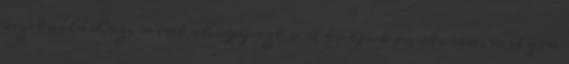
vezet váláshoz, mint ahogy azt sem tudjuk pontosan, milyen